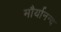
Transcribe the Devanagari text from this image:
मौर्यानन्द